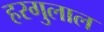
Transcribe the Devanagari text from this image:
हरगुलाल